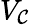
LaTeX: V_{\mathcal{C}}